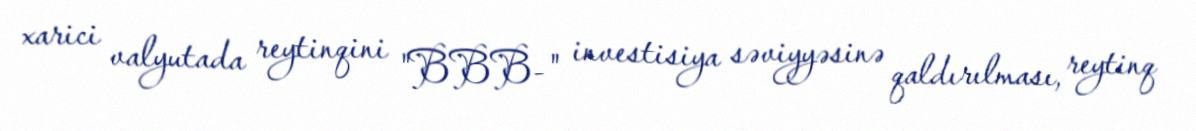
xarici valyutada reytinqini "BBB-" investisiya səviyyəsinə qaldırılması, reytinq